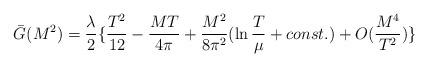
LaTeX: \begin{align*}\bar{G}(M^2) = {\lambda\over 2}\{ {T^2\over 12} - {MT\over 4\pi} + {M^2\over 8\pi^2}(\ln{T\over {\mu}} + const.) + O({M^4\over T^2})\} \end{align*}